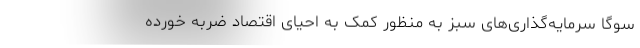
سوگا سرمایه‌گذاری‌های سبز به منظور کمک به احیای اقتصاد ضربه خورده